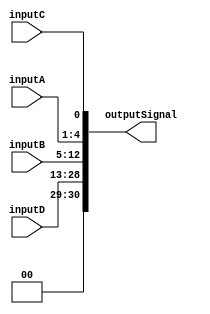
module ConcatenationContinuousAssign(
    input wire [3:0]   inputA,       // 4-bit input signal
    input wire [7:0]   inputB,       // 8-bit input signal
    input wire         inputC,        // 1-bit input signal
    input wire [15:0]  inputD,       // 16-bit input signal
    output wire [30:0] outputSignal   // Combined output signal (4 + 8 + 1 + 16 = 29 bits)
);

// Continuous assignment for concatenation
assign outputSignal = {inputD, inputB, inputA, inputC};

endmodule